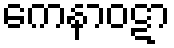
ကေနာဝဋာ